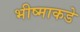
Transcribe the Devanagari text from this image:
भीष्माकडे